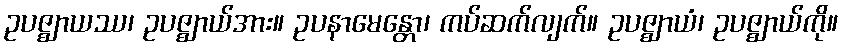
ဥပဇ္ဈာယဿ၊ ဥပဇ္ဈာယ်အား။ ဥပနာမေန္တော၊ ကပ်ဆက်လျက်။ ဥပဇ္ဈာယံ၊ ဥပဇ္ဈာယ်ကို။